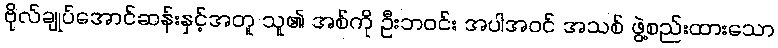
ဗိုလ်ချုပ်အောင်ဆန်းနှင့်အတူ သူ၏ အစ်ကို ဦးဘဝင်း အပါအဝင် အသစ် ဖွဲ့စည်းထားသော